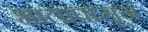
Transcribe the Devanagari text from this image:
भातापासून